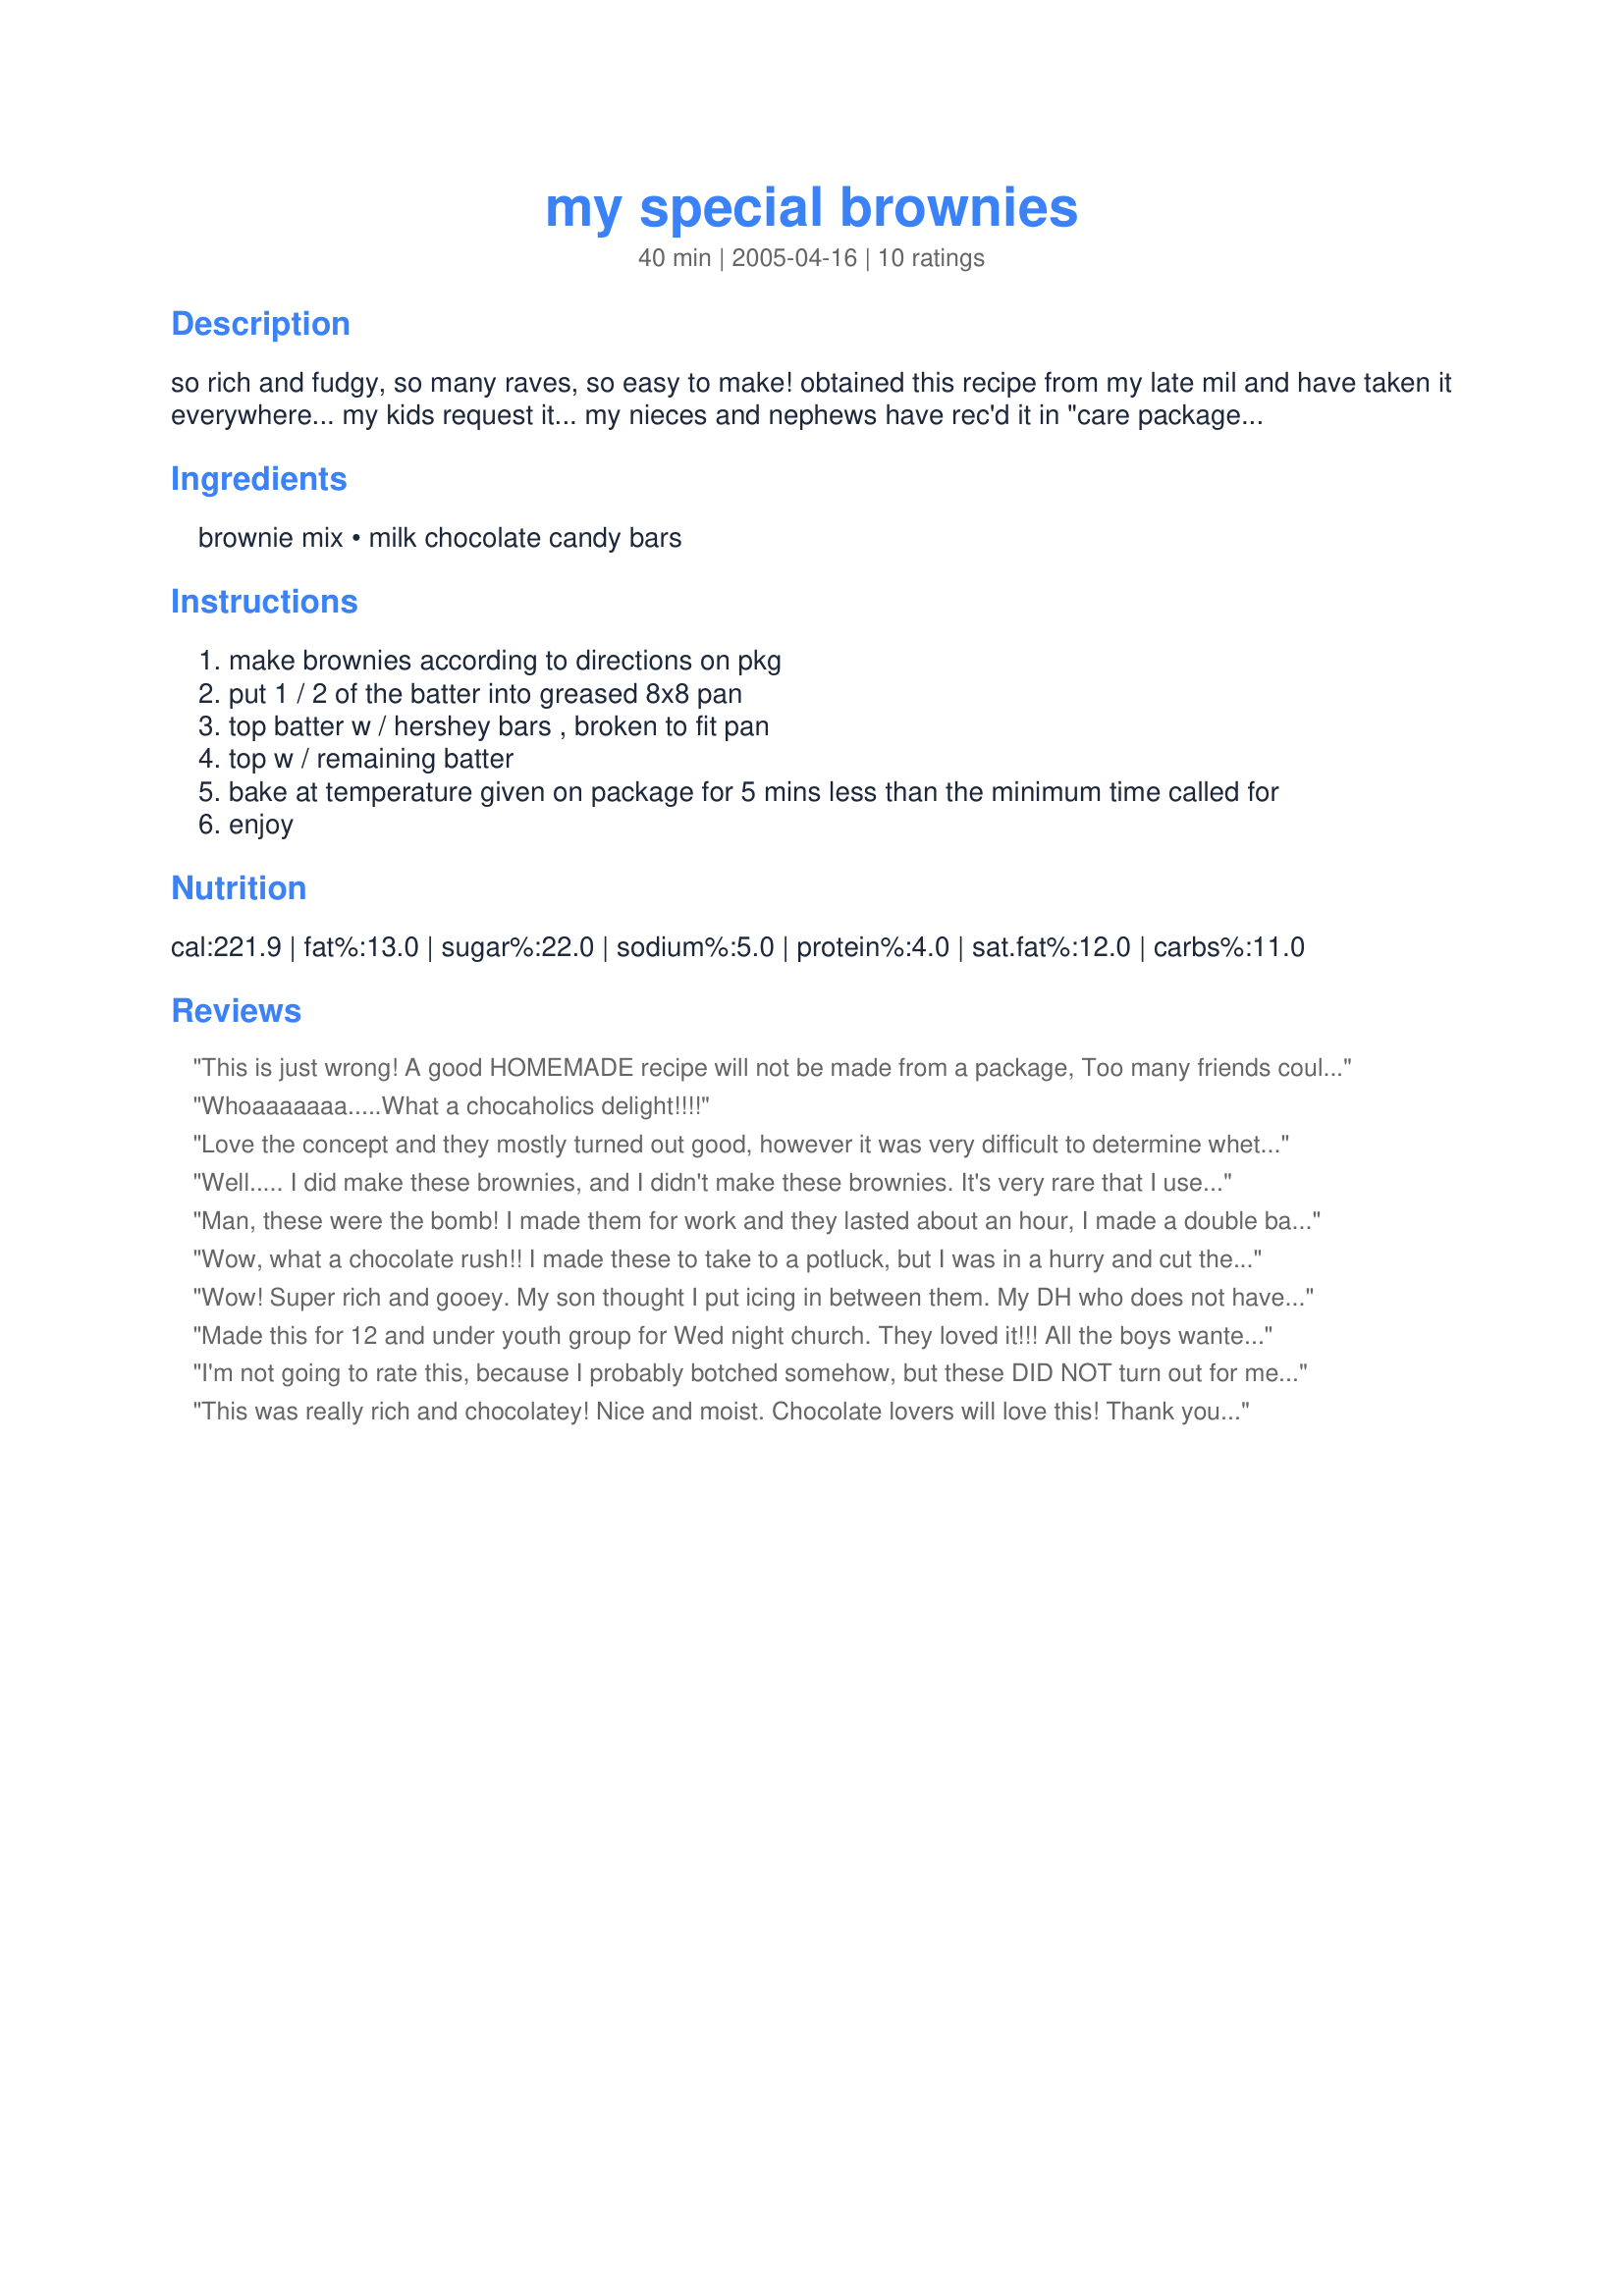
my special brownies
Preparation time: 40 minutes

so rich and fudgy, so many raves, so easy to make! obtained this recipe from my late mil and have taken it everywhere... my kids request it... my nieces and nephews have rec'd it in "care packages"... my classmates in grad school gained new respect for me when i shared a pan of these w/ them... *smile* recipe is easily doubled, which i always do when taking the brownies somewhere... an 8x8" pan is never enough! the package size is an estimate b/c i do not have one on hand to check.

Ingredients:
brownie mix, milk chocolate candy bars

Steps:
make brownies according to directions on pkg
put 1 / 2 of the batter into greased 8x8 pan
top batter w / hershey bars , broken to fit pan
top w / remaining batter
bake at temperature given on package for 5 mins less than the minimum time called for
enjoy

Reviews:
This is just wrong! A good HOMEMADE recipe will not be made from a package, Too many friends could tell it was out of a PACKAGE!
Whoaaaaaaa.....What a chocaholics delight!!!!
Love the concept and they mostly turned out good, however it was very difficult to determine whether or not the middle actually got done. Also, these brownies must be cooled completely, cold in fact, before attempting to remove them from the pan. I took only the edges to the party I made them for, but I did save the middles for my family to enjoy (microwaved and served with icecream).
Well..... I did make these brownies, and I didn't make these brownies. It's very rare that I use mixes to make things, especially since they are imported into this country and very expensive. So I used my regular brownie recipe (<a href="/170175">Amazing, Really Amazing, Fudge Brownies</a>). I left out the chocolate chips from my recipe and just followed Impera_Magna's instructions from #2 onwards. An excellent idea! The brownies were practically inhaled (we have many teenagers in our family). I'm going to try it again with different kinds of chocolate bars, some with rice crisps, maybe whole almonds, and, as a total mad experiment, I want to try the chocolate bars with the pop rocks inside, THAT should be interesting! Thanks for the new trick!
Man, these were the bomb! I made them for work and they lasted about an hour, I made a double batch. They are very simple to make and the chocolate bars make it awesome!!! I'm going to try this with some sort of chocolate caramel candy! THANK YOU!
Wow, what a chocolate rush!! I made these to take to a potluck, but I was in a hurry and cut them before they were completely cooled. They were runny, so I just took the ones from the edges of the pan. The rest have been in the fridge and are perfect. More for me!!
Wow! Super rich and gooey. My son thought I put icing in between them. My DH who does not have much of a sweet tooth at all, I watched him go back for more and more! These were gooey like I said, but the taste is wonderful. I doubled the recipe too. They were a bit too rich for me, but that didn't stop me from having a few! LOL Thanks for posting.
Made this for 12 and under youth group for Wed night church. They loved it!!! All the boys wanted the recipe for their moms lol. This was so rich and fudgy. Great recipe!!!
I'm not going to rate this, because I probably botched somehow, but these DID NOT turn out for me at all!:( I sooo wanted them to! They were majorly underbaked (I don't think I should have done the 5 minutes under the minimum time thing) and the chocolate soaked through the bottom layer and just made them super greasy. They didn't hold together at all when I tried to cut them and take them out of the pan (this was after they'd cooled) Sorry, I really wanted this to work! What a waste of ingredients--I threw it all away except for the edges. (which were good, by the way)
This was really rich and chocolatey! Nice and moist. Chocolate lovers will love this! Thank you for posting!
